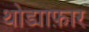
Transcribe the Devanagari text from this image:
थोड्याफ़ार